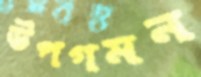
উপগমন